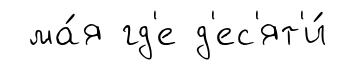
ма́я гд'е д'ес'ят'и́